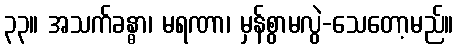
၃၃။ အသက်ခန္ဓာ၊ မရဏာ၊ မှန်စွာမလွဲ-သေတော့မည်။